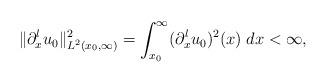
\begin{align*}\|\partial_x^lu_0\|_{L^2(x_0,\infty)}^2= \int_{x_0}^\infty (\partial_x^lu_0)^2(x) \; dx< \infty,\end{align*}